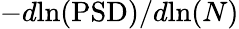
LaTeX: -d\mathrm{ln}(\mathrm{PSD})/d\mathrm{ln}(N)